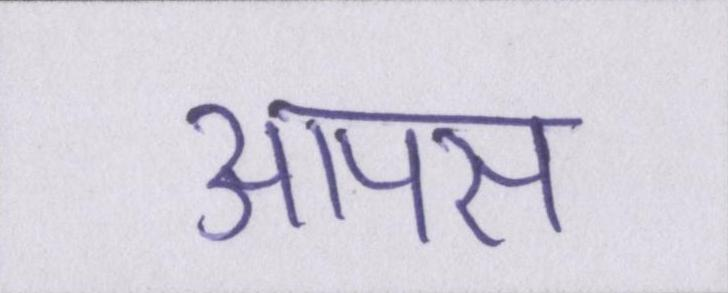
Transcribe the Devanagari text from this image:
आपस